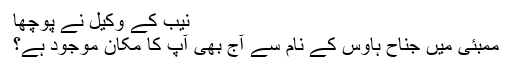
نیب کے وکیل نے پوچھا
ممبئی میں جناح ہاوس کے نام سے آج بھی آپ کا مکان موجود ہے؟